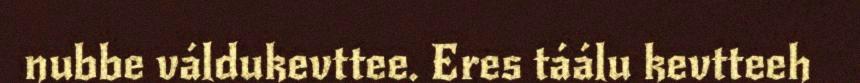
nubbe váldukevttee. Eres táálu kevtteeh